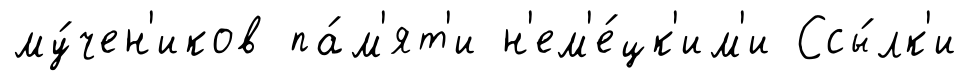
му́чен'иков па́м'ят'и н'ем'е́цк'им'и Ссы́лк'и